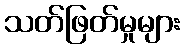
သတ်ဖြတ်မှုများ